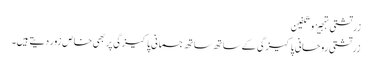
زرتشتی تہجیز و تکفین
زرتشتی روحانی پاکیزگی کے ساتھ ساتھ جسمانی پاکیزگی پر بھی خاص زور دیتے ہیں۔